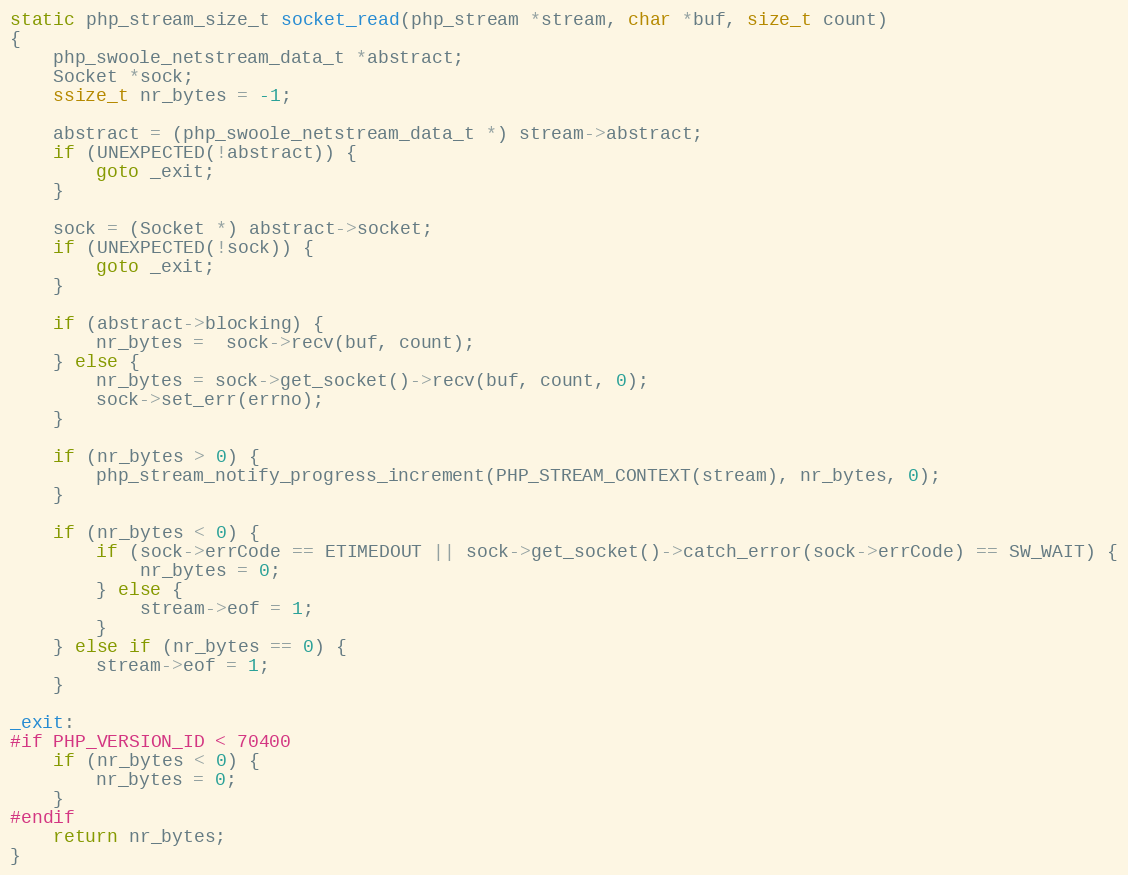
Language: C++
static php_stream_size_t socket_read(php_stream *stream, char *buf, size_t count)
{
    php_swoole_netstream_data_t *abstract;
    Socket *sock;
    ssize_t nr_bytes = -1;

    abstract = (php_swoole_netstream_data_t *) stream->abstract;
    if (UNEXPECTED(!abstract)) {
        goto _exit;
    }

    sock = (Socket *) abstract->socket;
    if (UNEXPECTED(!sock)) {
        goto _exit;
    }

    if (abstract->blocking) {
        nr_bytes =  sock->recv(buf, count);
    } else {
        nr_bytes = sock->get_socket()->recv(buf, count, 0);
        sock->set_err(errno);
    }

    if (nr_bytes > 0) {
        php_stream_notify_progress_increment(PHP_STREAM_CONTEXT(stream), nr_bytes, 0);
    }

    if (nr_bytes < 0) {
        if (sock->errCode == ETIMEDOUT || sock->get_socket()->catch_error(sock->errCode) == SW_WAIT) {
            nr_bytes = 0;
        } else {
            stream->eof = 1;
        }
    } else if (nr_bytes == 0) {
        stream->eof = 1;
    }

_exit:
#if PHP_VERSION_ID < 70400
    if (nr_bytes < 0) {
        nr_bytes = 0;
    }
#endif
    return nr_bytes;
}